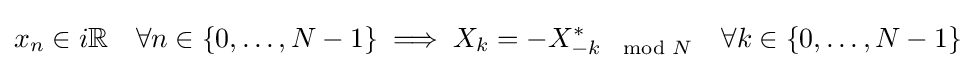
x_{n}\in i\mathbb {R} \quad \forall n\in \{0,\ldots ,N-1\}\implies X_{k}=-X_{-k\mod N}^{*}\quad \forall k\in \{0,\ldots ,N-1\}